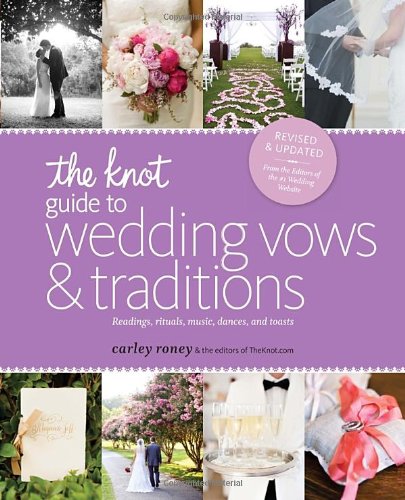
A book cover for The Knot Guide to Wedding Vows and Traditions [Revised Edition]: Readings, Rituals, Music, Dances, and Toasts; Carley Roney; Crafts, Hobbies & Home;